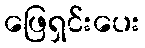
ဖြေရှင်းပေး